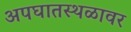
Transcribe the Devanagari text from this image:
अपघातस्थळावर